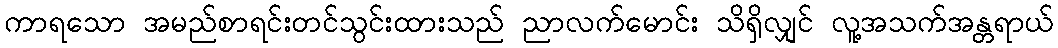
ကာရသော အမည်စာရင်းတင်သွင်းထားသည် ညာလက်မောင်း သိရှိလျှင် လူ့အသက်အန္တရာယ်